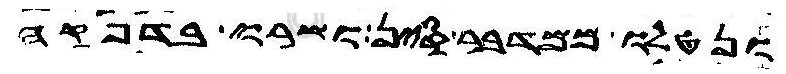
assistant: ונטלו ממדבר סין ושרו בדפקה